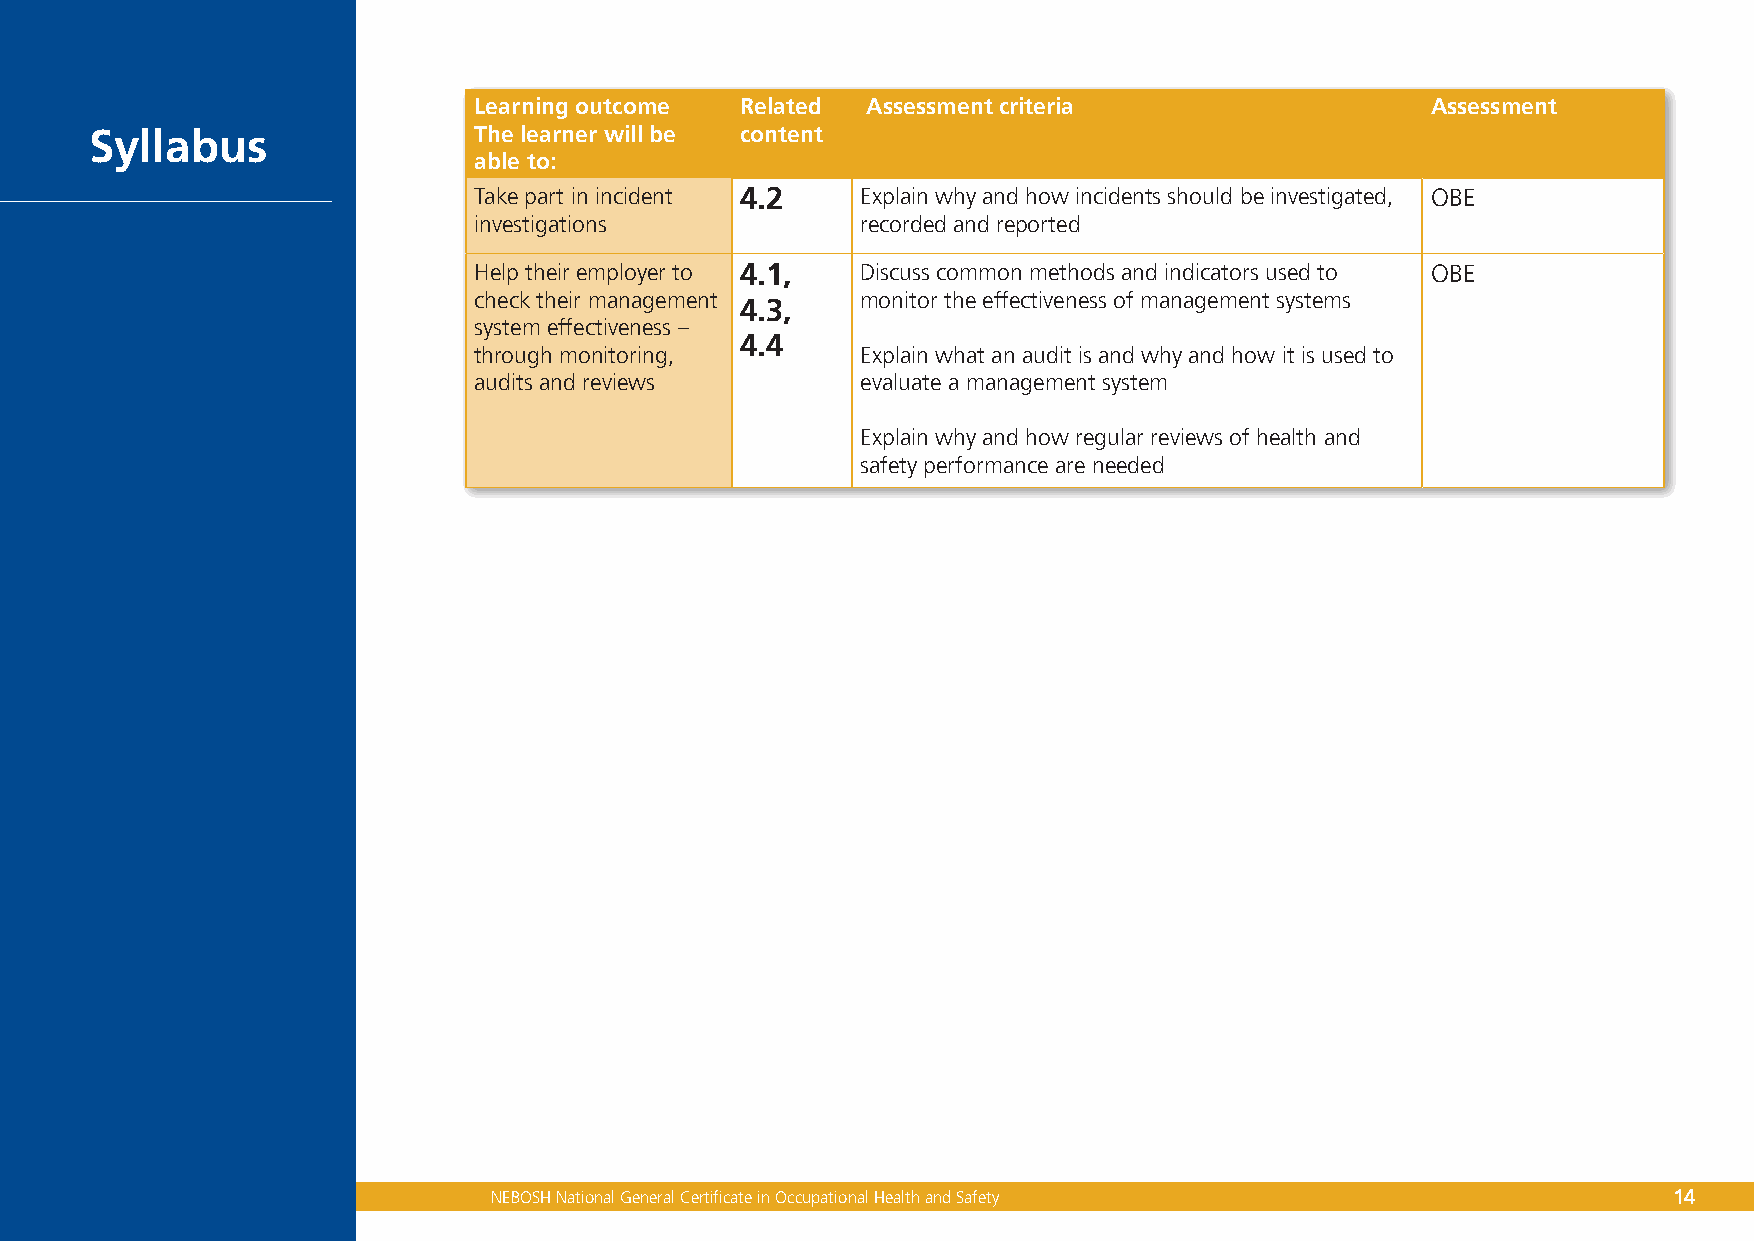
Learning outcome  Related Assessment criteria                   Assessment
 Syllabus                 The learner will be content
 able to:
 Take part in incident 4.2 Explain why and how incidents should be investigated, OBE
 investigations            recorded and reported
 Help their employer to 4.1, Discuss common methods and indicators used to OBE
 check their management    monitor the effectiveness of management systems
 4.3,
 system effectiveness –
 4.4
 through monitoring,       Explain what an audit is and why and how it is used to
 audits and reviews        evaluate a management system
 Explain why and how regular reviews of health and
 safety performance are needed
 NEBOSH National General Certificate in Occupational Health and Safety         14